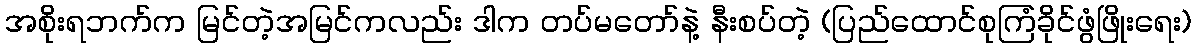
အစိုးရဘက်က မြင်တဲ့အမြင်ကလည်း ဒါက တပ်မတော်နဲ့ နီးစပ်တဲ့ (ပြည်ထောင်စုကြံခိုင်ဖွံဖြိုးရေး)